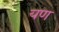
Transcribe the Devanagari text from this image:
यण